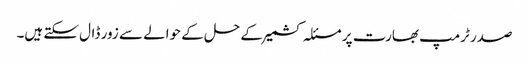
صدر ٹرمپ بھارت پر مسئلہ کشمیر کے حل کے حوالے سے زور ڈال سکتے ہیں۔